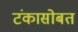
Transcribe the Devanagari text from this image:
टंकासोबत